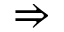
\Rightarrow